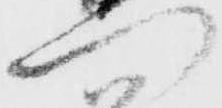
門